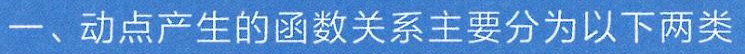
一、动点产生的函数关系主要分为以下两类